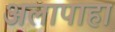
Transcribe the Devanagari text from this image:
अलापाहा